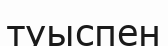
туыспен